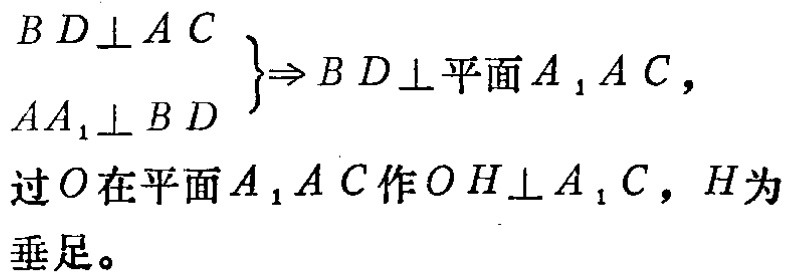
\[
\begin{cases}
BD\perp AC \\
AA_1\perp BD
\end{cases}
\Rightarrow BD\perp \text{平面}A_1AC,
\]
过\(O\)在平面\(A_1AC\)作\(OH\perp A_1C\)，\(H\)为垂足。